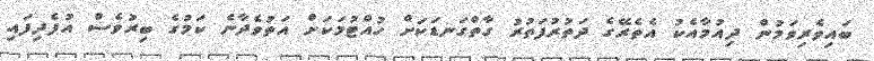
ބައިވެރިވަމުން ދިއުމާއެކު އެތެރޭގެ ދަތުރުފަތުރު ގާތްގަނޑަކަށް ހުއްޓުމަކަށް އަތުވެދާނެ ކަމުގެ ބިރުވެސް އުފެދިފައި